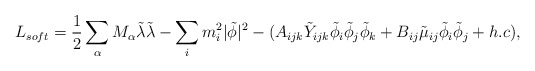
\begin{align*}L_{soft} = \frac{1}{2}\sum_{\alpha} M_{\alpha} {\tilde \lambda}{\tilde \lambda} - \sum_{i} m_{i}^{2} |{\tilde \phi}|^{2} -(A_{ijk} {\tilde Y}_{ijk} {\tilde \phi}_{i} {\tilde \phi}_{j} {\tilde \phi}_{k} + B_{ij} {\tilde \mu}_{ij} {\tilde \phi}_{i}{\tilde \phi}_{j} + h.c),\end{align*}